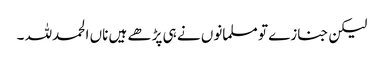
لیکن جنازے تو مسلمانوں نے ہی پڑھے ہیں ناں الحمدللہ ۔